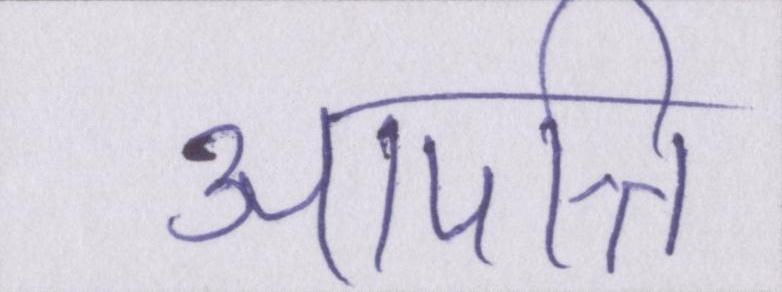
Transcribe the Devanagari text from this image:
आपत्ति